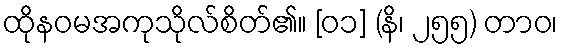
ထိုနဝမအကုသိုလ်စိတ်၏။ [၀၁] (နိ၊ ၂၅၅) တာဝ၊